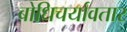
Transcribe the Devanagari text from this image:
बोधिचर्यावतार